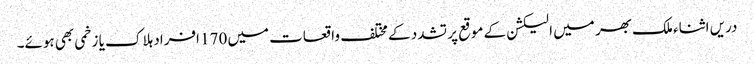
دریں اثناء ملک بھر میں الیکشن کے موقع پر تشدد کے مختلف واقعات میں 170 افراد ہلاک یا زخمی بھی ہوئے۔